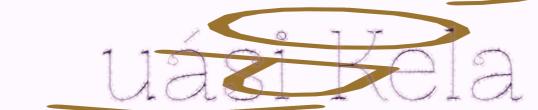
uási Kela